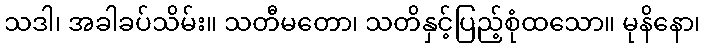
သဒါ၊ အခါခပ်သိမ်း။ သတီမတော၊ သတိနှင့်ပြည့်စုံထသော။ မုနိနော၊